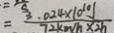
= \frac { 3 . 0 2 4 \times 1 0 ^ { 1 0 } J } { 7 2 k m / h \times 2 h }